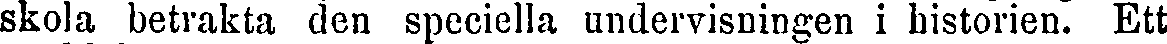
skola betrakta den speciella undervisningen i historien. Ett